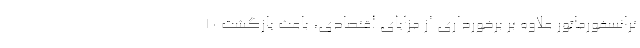
ترانسفورماتور علاوه بر برخورداری از مزایای اقتصادی، باعث بازگشت ۱۰